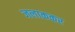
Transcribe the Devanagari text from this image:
जलाककर